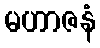
မဟာဇနံ